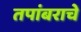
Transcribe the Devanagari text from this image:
तपांबराचे